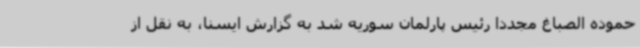
حموده الصباغ مجددا رئیس پارلمان سوریه شد به گزارش ایسنا، به نقل از